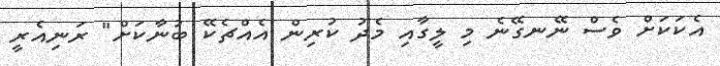
އެކަކަށް ވެސް ނޭނގޭނެ މި ލީގާއި މެދު ކުރިން އެއްޗެކޭ ބުނާކަށް" ރަނިއެރީ